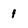
Character: 1